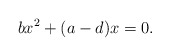
\begin{align*}bx^2+(a-d)x=0.\end{align*}